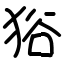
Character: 𤞞